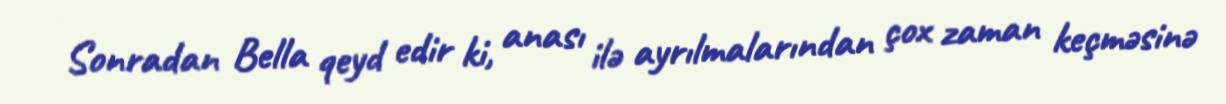
Sonradan Bella qeyd edir ki, anası ilə ayrılmalarından çox zaman keçməsinə